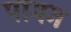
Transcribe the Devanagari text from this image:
पागग